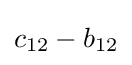
c_{12}-b_{12}